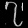
Digit: ၇